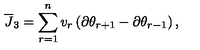
{ \overline { J } } _ { 3 } = \sum _ { r = 1 } ^ { n } v _ { r } \left( \partial \theta _ { r + 1 } - \partial \theta _ { r - 1 } \right) ,